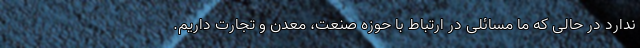
ندارد در حالی که ما مسائلی در ارتباط با حوزه صنعت، معدن و تجارت داریم.